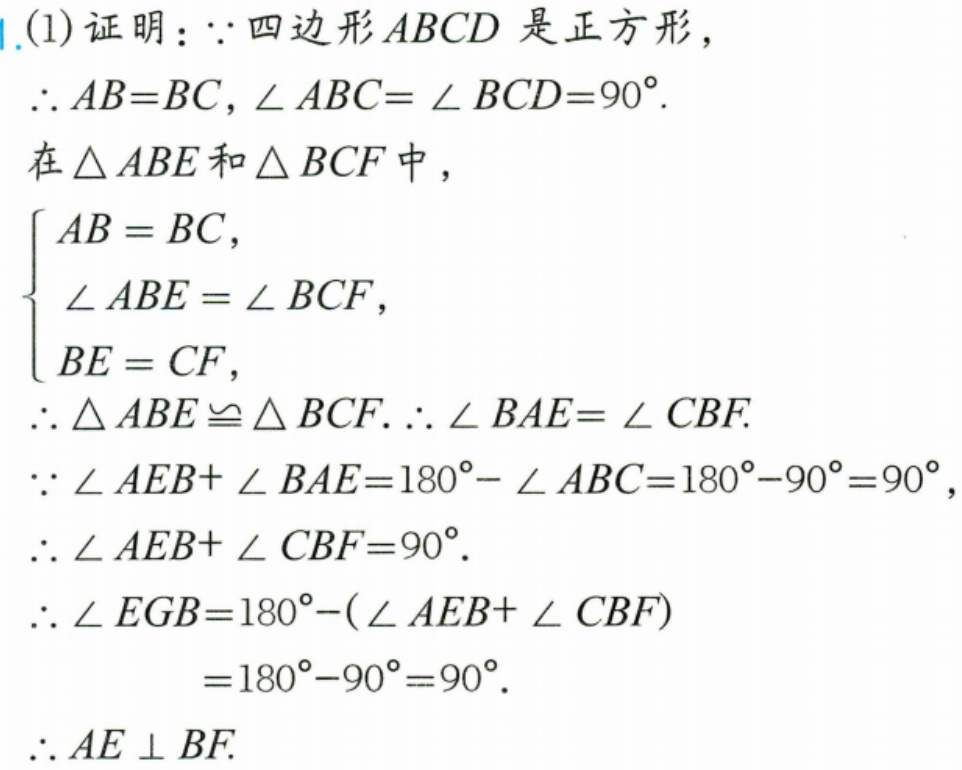
(1) 证明：\(\because\)四边形\(ABCD\)是正方形，
\(\therefore AB = BC\)，\(\angle ABC=\angle BCD = 90^{\circ}\).
在\(\triangle ABE\)和\(\triangle BCF\)中，
\(\begin{cases}
AB = BC,\\
\angle ABE=\angle BCF,\\
BE = CF,
\end{cases}\)
\(\therefore\triangle ABE\cong\triangle BCF.\therefore\angle BAE=\angle CBF.\)
\(\because\angle AEB+\angle BAE = 180^{\circ}-\angle ABC=180^{\circ}-90^{\circ}=90^{\circ}\)，
\(\therefore\angle AEB+\angle CBF = 90^{\circ}.\)
\(\therefore\angle EGB=180^{\circ}-(\angle AEB+\angle CBF)\)
\(=180^{\circ}-90^{\circ}=90^{\circ}.\)
\(\therefore AE\perp BF.\)